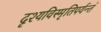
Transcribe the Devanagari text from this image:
दृश्यविस्मृतिपर्यन्तं